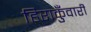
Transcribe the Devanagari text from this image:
हिराकुँवारी